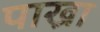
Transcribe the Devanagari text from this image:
पाख्रा